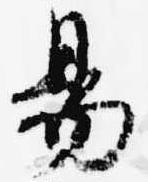
易